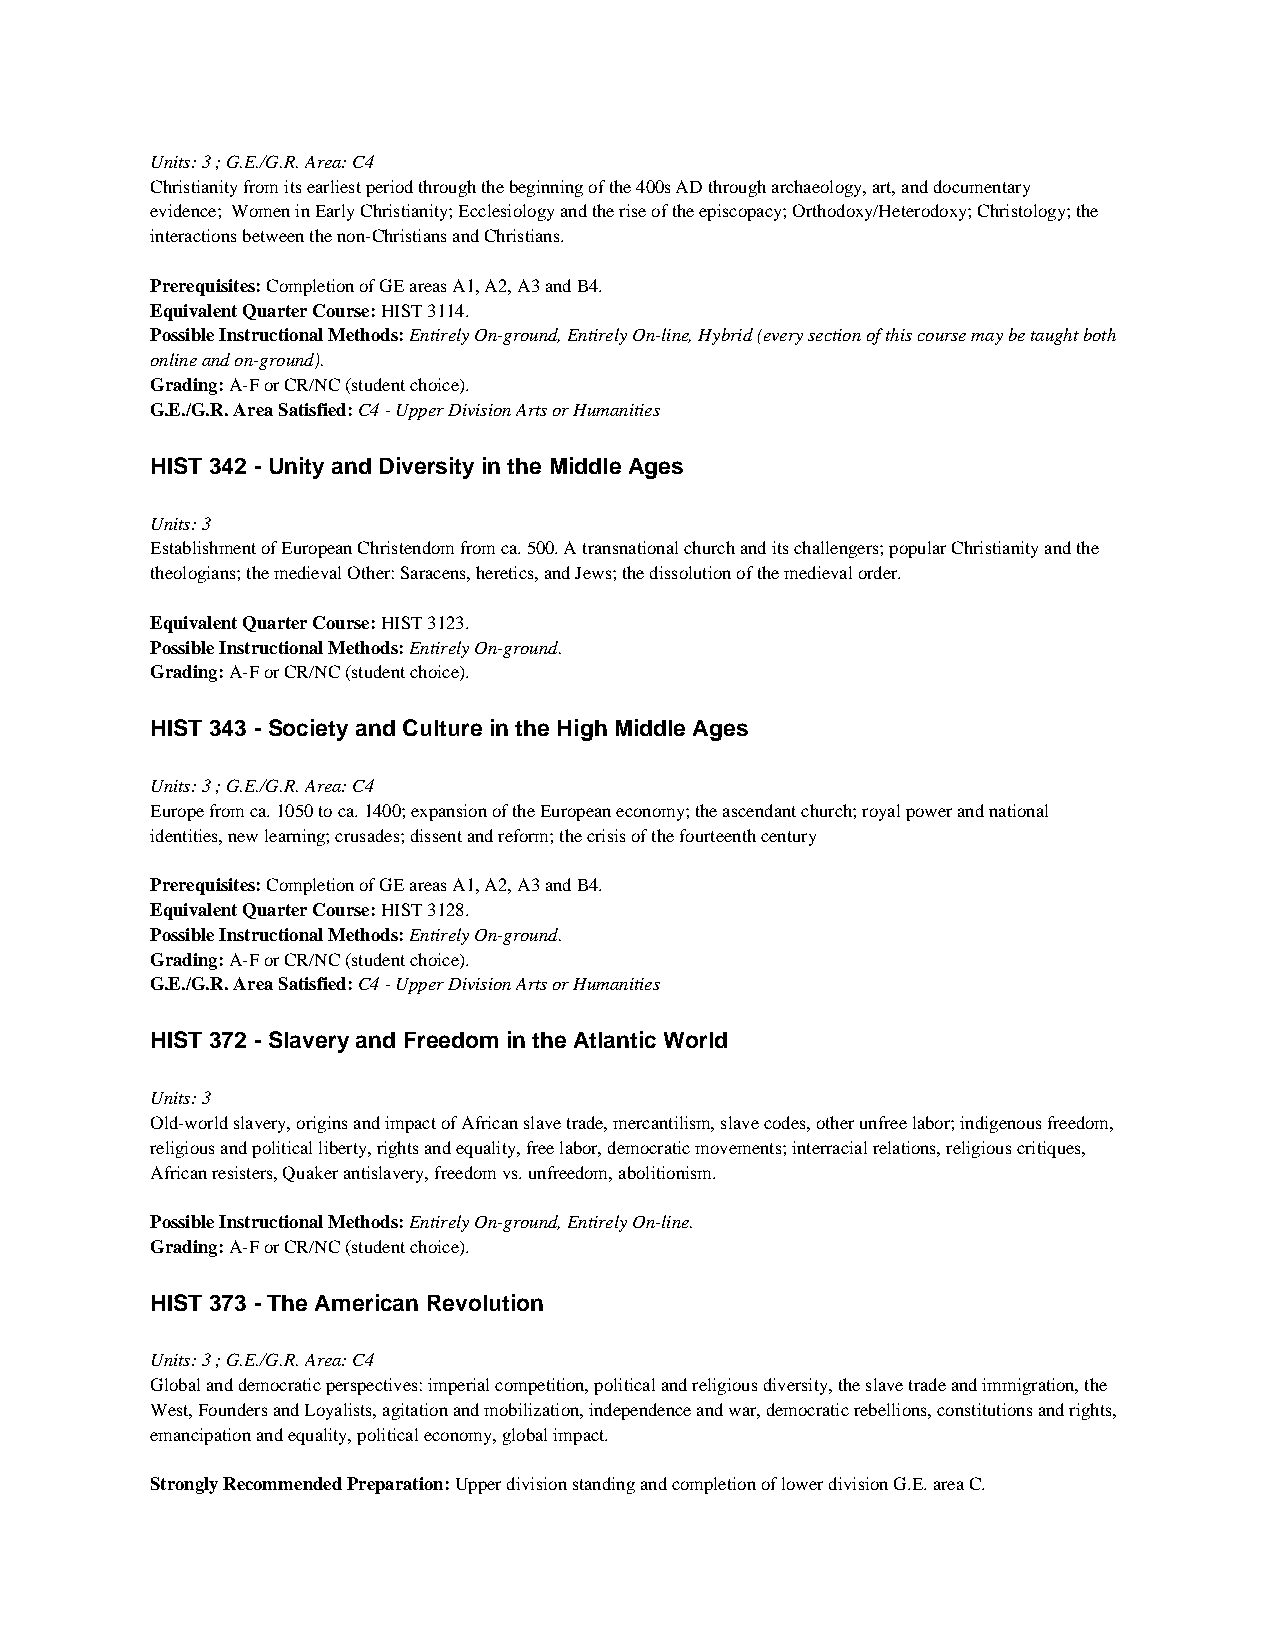
Units: 3 ; G.E./G.R. Area: C4
 Christianity from its earliest period through the beginning of the 400s AD through archaeology, art, and documentary
 evidence; Women in Early Christianity; Ecclesiology and the rise of the episcopacy; Orthodoxy/Heterodoxy; Christology; the
 interactions between the non-Christians and Christians.
 Prerequisites: Completion of GE areas A1, A2, A3 and B4.
 Equivalent Quarter Course: HIST 3114.
 Possible Instructional Methods: Entirely On-ground, Entirely On-line, Hybrid (every section of this course may be taught both
 online and on-ground).
 Grading: A-F or CR/NC (student choice).
 G.E./G.R. Area Satisfied: C4 - Upper Division Arts or Humanities
 HIST 342 - Unity and Diversity in the Middle Ages
 Units: 3
 Establishment of European Christendom from ca. 500. A transnational church and its challengers; popular Christianity and the
 theologians; the medieval Other: Saracens, heretics, and Jews; the dissolution of the medieval order.
 Equivalent Quarter Course: HIST 3123.
 Possible Instructional Methods: Entirely On-ground.
 Grading: A-F or CR/NC (student choice).
 HIST 343 - Society and Culture in the High Middle Ages
 Units: 3 ; G.E./G.R. Area: C4
 Europe from ca. 1050 to ca. 1400; expansion of the European economy; the ascendant church; royal power and national
 identities, new learning; crusades; dissent and reform; the crisis of the fourteenth century
 Prerequisites: Completion of GE areas A1, A2, A3 and B4.
 Equivalent Quarter Course: HIST 3128.
 Possible Instructional Methods: Entirely On-ground.
 Grading: A-F or CR/NC (student choice).
 G.E./G.R. Area Satisfied: C4 - Upper Division Arts or Humanities
 HIST 372 - Slavery and Freedom in the Atlantic World
 Units: 3
 Old-world slavery, origins and impact of African slave trade, mercantilism, slave codes, other unfree labor; indigenous freedom,
 religious and political liberty, rights and equality, free labor, democratic movements; interracial relations, religious critiques,
 African resisters, Quaker antislavery, freedom vs. unfreedom, abolitionism.
 Possible Instructional Methods: Entirely On-ground, Entirely On-line.
 Grading: A-F or CR/NC (student choice).
 HIST 373 - The American Revolution
 Units: 3 ; G.E./G.R. Area: C4
 Global and democratic perspectives: imperial competition, political and religious diversity, the slave trade and immigration, the
 West, Founders and Loyalists, agitation and mobilization, independence and war, democratic rebellions, constitutions and rights,
 emancipation and equality, political economy, global impact.
 Strongly Recommended Preparation: Upper division standing and completion of lower division G.E. area C.